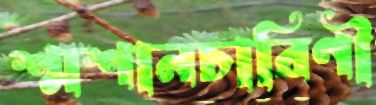
শ্মশানচারিণী